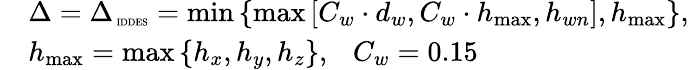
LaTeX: \begin{array}{rl}&{\Delta=\Delta_{\mathrm{\tiny~IDDES}}=\operatorname*{min}\left\{ {\operatorname*{max}\left[{C_{w}\cdot d_{w},C_{w}\cdot h_{\operatorname*{max}},h_{wn}}\right],h_{\operatorname*{max}}}\right\} ,}\\ &{h_{\mathrm{max}}=\operatorname*{max}{\{ h_{x},h_{y},h_{z}\} },\ \ \ C_{w}=0.15}\end{array}